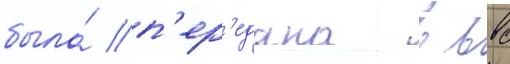
была́ п'ер'едана в ввс